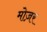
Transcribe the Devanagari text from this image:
मोज़र